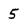
Character: 5